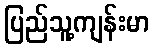
ပြည်သူ့ကျန်းမာ